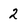
Character: 2